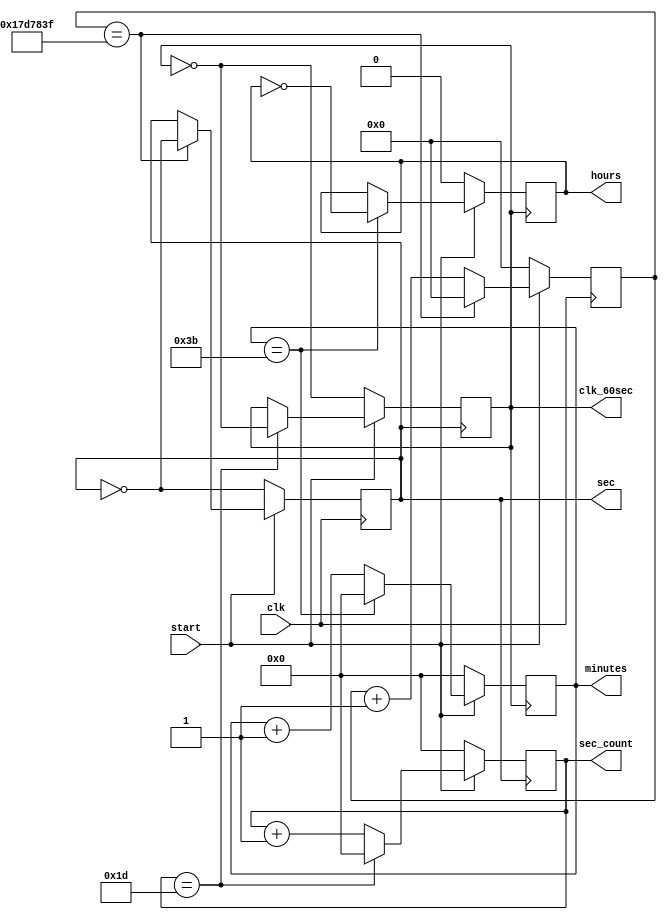
`timescale 1ns / 1ps
//////////////////////////////////////////////////////////////////////////////////
// Company: IIT MADRAS
// 
// Design Name: 
// Module Name: digital_clock_1Hz
// Project Name: 
// Target Devices: 
// Tool Versions: 
// Description: 
// 
// Dependencies: 
// 
// Revision:
// Revision 0.01 - File Created
// Additional Comments:
// 
//////////////////////////////////////////////////////////////////////////////////


module digital_clock_1Hz(start, clk, sec, minutes, hours, clk_60sec, sec_count);
    input start;
    input clk;

    output sec;
    output reg [5:0]minutes = 6'd0;
    output reg hours = 1'd0;

    reg [27:0]count = 28'd0; // fill in size of count to generate a 1-Hz clock
    reg clk_1Hz = 1'b0;
    output reg clk_60sec = 1'b0;
    output reg [5:0]sec_count = 6'd0;
    
    //parameter divisor = 28'd5; //Use this for simulation
    parameter divisor = 28'd50000000; // Use this for FPGA implementation
    parameter clock_div = 6'd60;    
    assign sec = clk_1Hz;
    // 1-second clock generating block
    always@(posedge clk)
        begin
            if(start == 1'b0)
                begin
                    count <= 28'd0;
                    clk_1Hz <= !clk_1Hz ;
                end
            else
                begin
                    if(count == ((divisor-2)/2))
                        begin
                            count <= 28'd0;
                            clk_1Hz <= !clk_1Hz;
                        end
                    else
                        count <= count + 28'd1;
                end
        end
    //1-minute clock generating block
    always@(posedge clk_1Hz)
        begin
            if(start == 1'b0)
                begin
                    sec_count <= 6'd0;
                    clk_60sec <= !clk_60sec;
                end
            else
                begin
                    if(sec_count == ((clock_div-2)/2))
                        begin
                            sec_count <= 6'd0;
                            clk_60sec <= !clk_60sec;
                        end
                    else
                        sec_count <= sec_count + 6'd1;
                end
        end

    // minutes and hours counting block
    always@(posedge clk_60sec)
        begin
            if(start == 1'b0)
                begin
                    minutes <= 6'd0;
                    hours <= 1'b0 ;
                end
            else
                begin
                    if(minutes == (clock_div-1))
                        begin
                            minutes <= 6'd0 ;
                            hours <= !hours;
                        end
                    else
                        minutes <= minutes + 6'd1;
                end
        end
endmodule